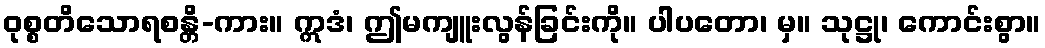
ဝုစ္စတိသောရစန္တိ-ကား။ ဣဒံ၊ ဤမကျူးလွန်ခြင်းကို။ ပါပတော၊ မှ။ သုဋ္ဌု၊ ကောင်းစွာ။